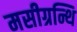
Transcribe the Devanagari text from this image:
मसीग्रन्थि